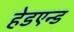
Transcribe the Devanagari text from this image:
हेडएन्ड